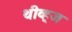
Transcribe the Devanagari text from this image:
थीव्ह्‌ज